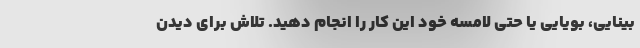
بینایی، بویایی یا حتی لامسه خود این کار را انجام دهید. تلاش برای دیدن